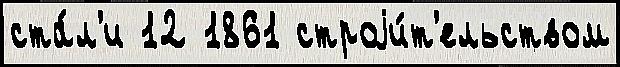
ста́л'и 12 1861 строjи́т'ельством